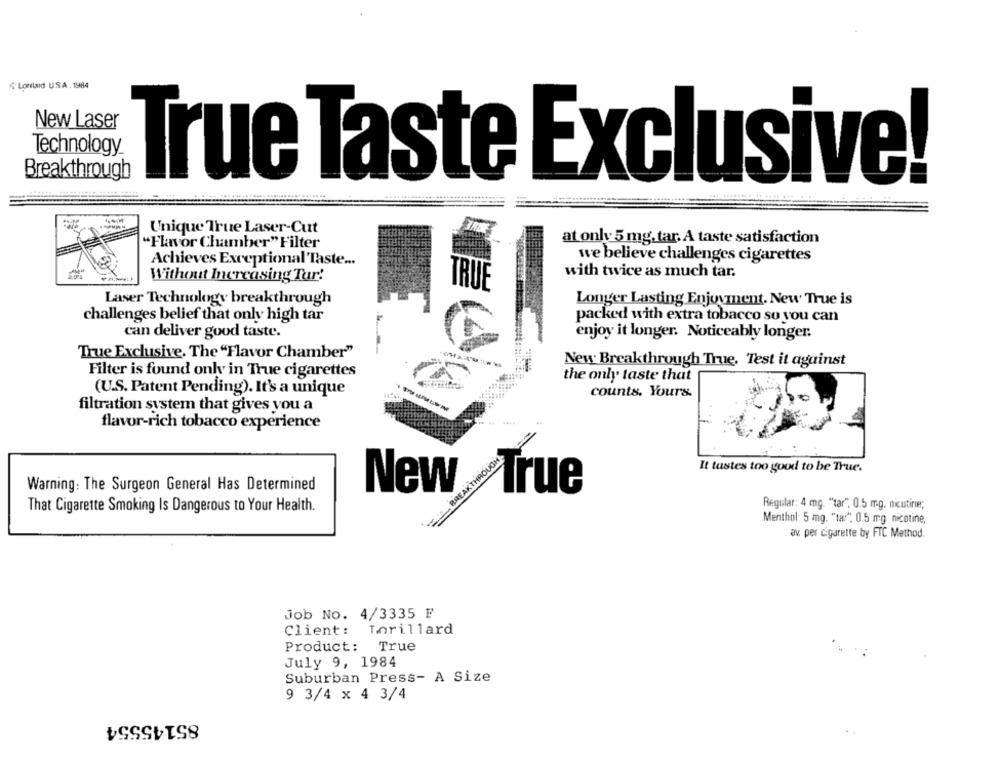
Lonlad USA. 1984
New Laser
Technology
Breakthrough
True Taste Exclusive!
Unique True Laser-Cut
"Flavor Chamber" Filter
at only 5 mg. tar. A taste satisfaction
we believe challenges cigarettes
Achieves Exceptional Taste ...
with twice as much tar.
Without Increasing Tur!
TRUE
Laser Technology breakthrough
Longer Lasting Enjoyment. New True is
challenges belief that only high tar
packed with extra tobacco so you can
can deliver good taste.
enjoy it longer. Noticeably longer.
True Exclusive. The "Flavor Chamber"
New Breakthrough True, Test it against
Filter is found only in True cigarettes
the only taste that
(U.S. Patent Pending). It's a unique
counts. Yours.
filtration system that gives you a
flavor-rich tobacco experience
BREAK THROUONE
It tastes too good to be True.
Warning: The Surgeon General Has Determined
True
New
That Cigarette Smoking Is Dangerous to Your Health.
Regular: 4 mg. "tar", 0.5 mg. nicutine;
Menthol: 5 mg. "ta:", 0.5 mg nicotine,
av. per cigarette by FTC Method.
Job No. 4/3335 F
Client: Torillard
Product: True
July 9, 1984
Suburban Press- A Size
9 3/4 x 4 3/4
85145554